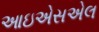
આઇએસએલ